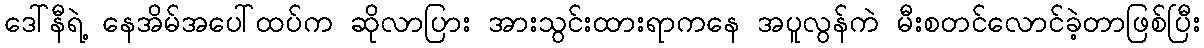
ဒေါ်နီရဲ့ နေအိမ်အပေါ်ထပ်က ဆိုလာပြား အားသွင်းထားရာကနေ အပူလွန်ကဲ မီးစတင်လောင်ခဲ့တာဖြစ်ပြီး